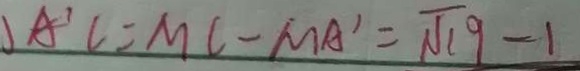
A ^ { \prime } C = M C - M A ^ { \prime } = \sqrt { 1 9 } - 1